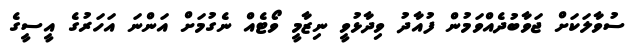
ސުވާލަކަށް ޖަވާބުދެއްވަމުން ފުއާދު ވިދާޅުވީ ނިޒާމީ ވޯޓެއް ނެގުމަށް އަންނަ އަހަރުގެ އީސީގެ